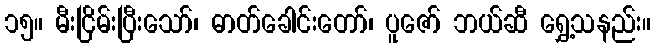
၁၅။ မီးငြိမ်းပြီးသော်၊ ဓာတ်ခေါင်းတော်၊ ပူဇော် ဘယ်ဆီ ရွှေ့သနည်း။